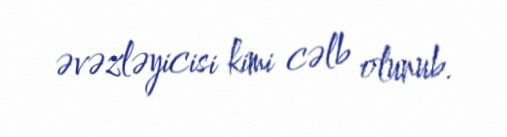
əvəzləyicisi kimi cəlb olunub.